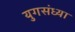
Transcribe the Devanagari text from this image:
युगसंध्या